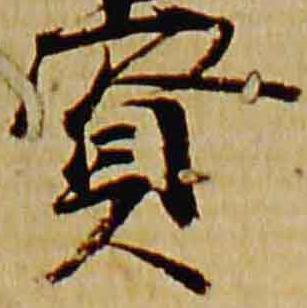
賢